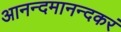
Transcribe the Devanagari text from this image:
आनन्दमानन्दकरं